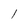
Character: l